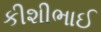
કીશીભાઈ